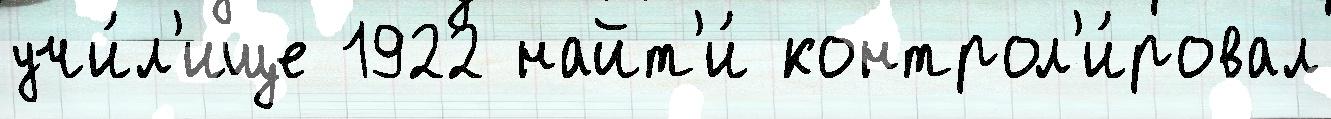
учи́л'ище 1922 найт'и́ контрол'и́ровал